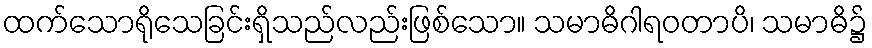
ထက်သောရိုသေခြင်းရှိသည်လည်းဖြစ်သော။ သမာဓိဂါရဝတာပိ၊ သမာဓိ၌